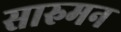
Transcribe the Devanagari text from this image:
सारुमन